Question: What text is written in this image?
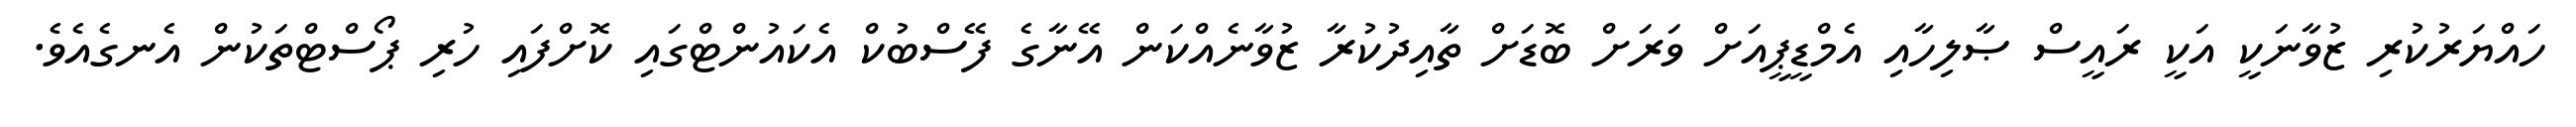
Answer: ހައްޔަރުކުރި ޒުވާނަކީ އަކީ ރައީސް ޞާލިހާއި އެމްޑީޕީއަށް ވަރަށް ބޮޑަށް ތާއިދުކުރާ ޒުވާނެއްކަން އޭނާގެ ފޭސްބުކް އެކައުންޓްގައި ކޮށްފައި ހުރި ޕޯސްޓްތަކުން އެނގެއެވެ.